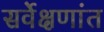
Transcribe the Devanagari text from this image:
सर्वेक्षणांत